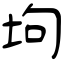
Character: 坸